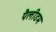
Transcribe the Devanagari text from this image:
पैलीडम